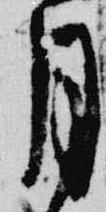
月